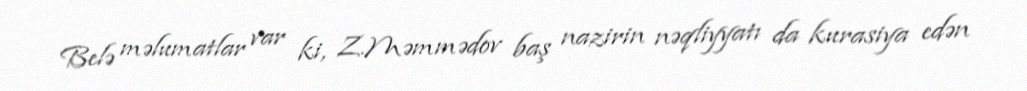
Belə məlumatlar var ki, Z.Məmmədov baş nazirin nəqliyyatı da kurasiya edən